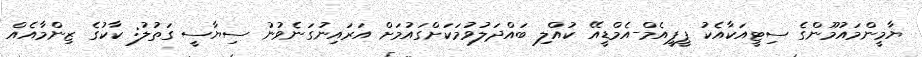
ޔާމީންމައުމޫންގެ ސިޓީއަކާއެކު ޕީޕީއެމް-އެމްޑީއޭ ކުއްލި ބައްދަލުވުމަކަށްގައުމަށް އަރައިނުގަނެވުނު ސިޔާސީ ގަތުލު: ކާކުގެ ޒިންމާއެއް